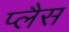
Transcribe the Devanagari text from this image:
प्लैस